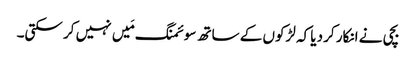
بچی نے انکار کر دیا کہ لڑکوں کے ساتھ سوئمنگ مَیں نہیں کر سکتی۔